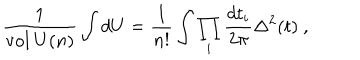
LaTeX: { \frac { 1 } { \mathrm { v o l } ~ U ( n ) } } \int d U = { \frac { 1 } { n ! } } \int \prod _ { i } { \frac { d t _ { i } } { 2 \pi } } \Delta ^ { 2 } ( t ) ~ ,